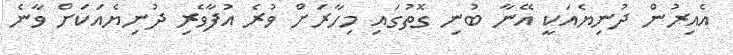
އެއިރުން ދުނިޔެއަކީ އޭނާ ބުނި ގޮތުގައި މިހާރަށް ވުރެ އުފާވެރި ދުނިޔެއަކަށް ވާނެ